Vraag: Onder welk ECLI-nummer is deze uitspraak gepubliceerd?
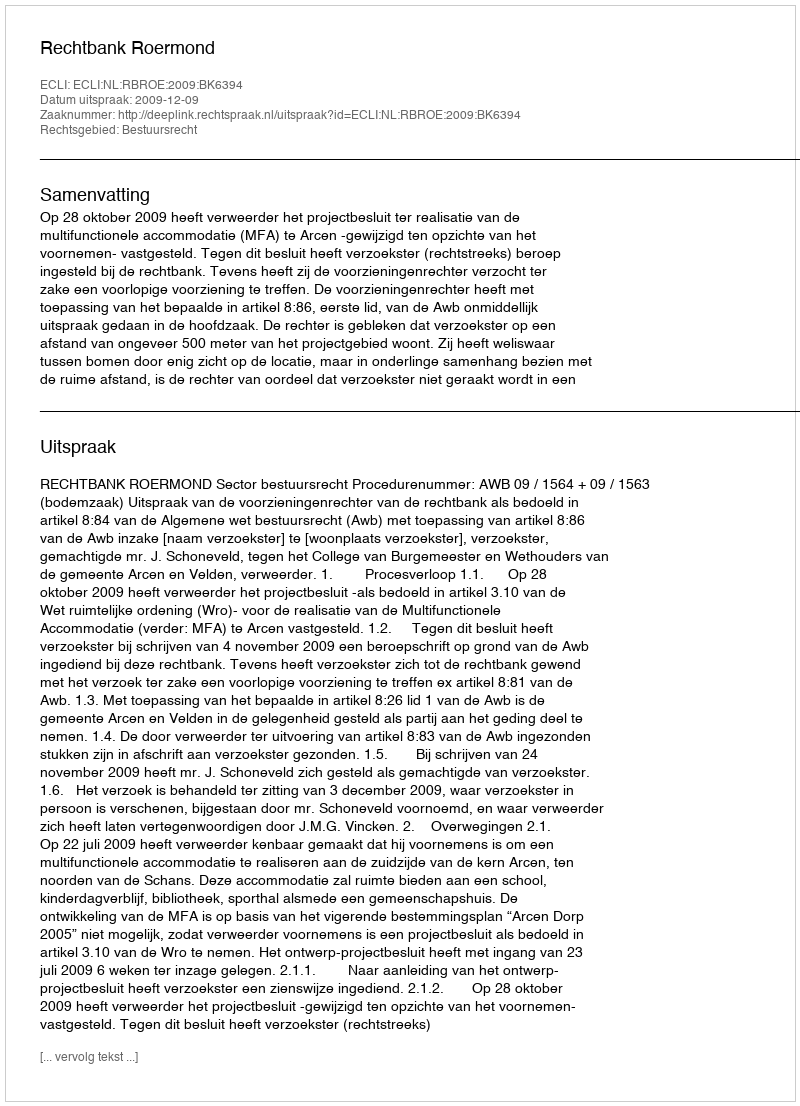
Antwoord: ECLI:NL:RBROE:2009:BK6394